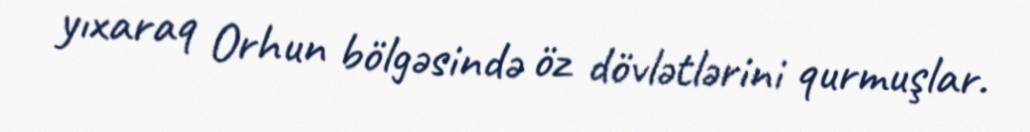
yıxaraq Orhun bölgəsində öz dövlətlərini qurmuşlar.